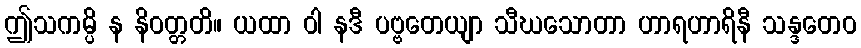
ဤသကမ္ပိ န နိဝတ္တတိ။ ယထာ ဝါ နဒီ ပဗ္ဗတေယျာ သီဃသောတာ ဟာရဟာရိနီ သန္ဒတေဝ